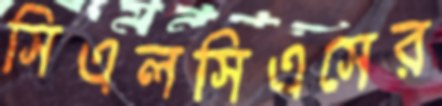
সিএলসিএসের